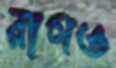
রাগও